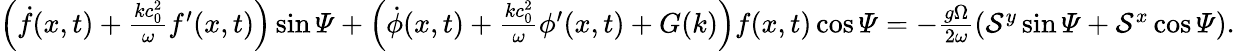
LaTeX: \begin{array}{r}{\left(\dot{f}(x,t)+\frac{kc_{0}^{2}}{\omega}f^{\prime}(x,t)\right)\sin\varPsi+\left(\dot{\phi}(x,t)+\frac{kc_{0}^{2}}{\omega}\phi^{\prime}(x,t)+G(k)\right)f(x,t)\cos\varPsi=-\frac{g\Omega}{2\omega}\left(\mathcal{S}^{y}\sin\varPsi+\mathcal{S}^{x}\cos\varPsi\right).}\end{array}